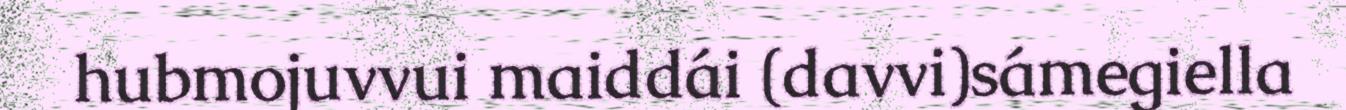
hubmojuvvui maiddái (davvi)sámegiella